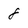
Character: 8